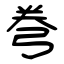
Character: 弮